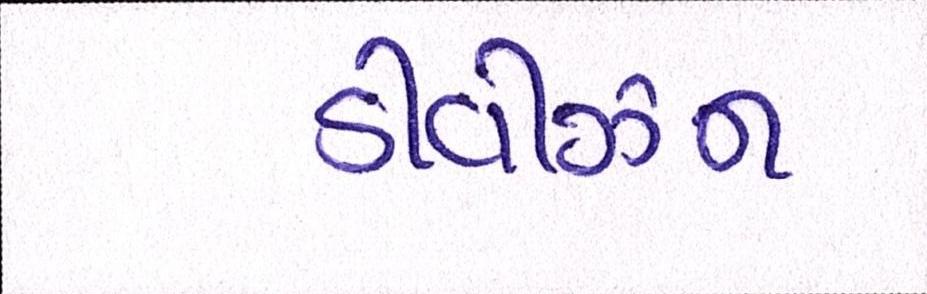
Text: ડીવીઝન